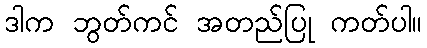
ဒါက ဘွတ်ကင် အတည်ပြု ကတ်ပါ။